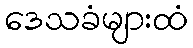
ဒေသခံများထံ